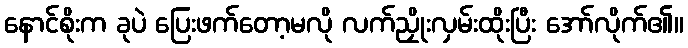
နောင်စိုးက ခုပဲ ပြေးဖက်တော့မလို လက်ညှိုးလှမ်းထိုးပြီး အော်လိုက်၏။